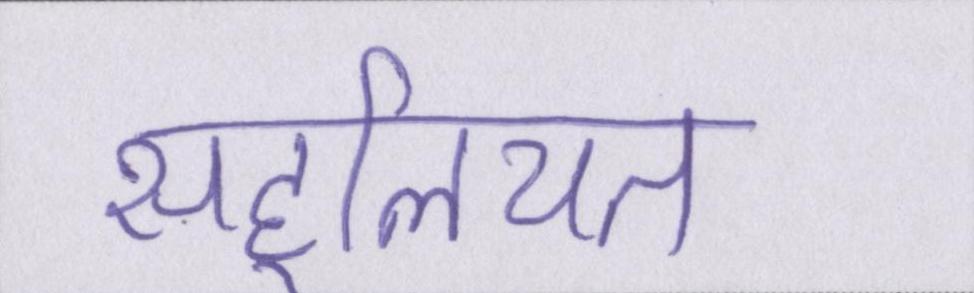
सहूलियत